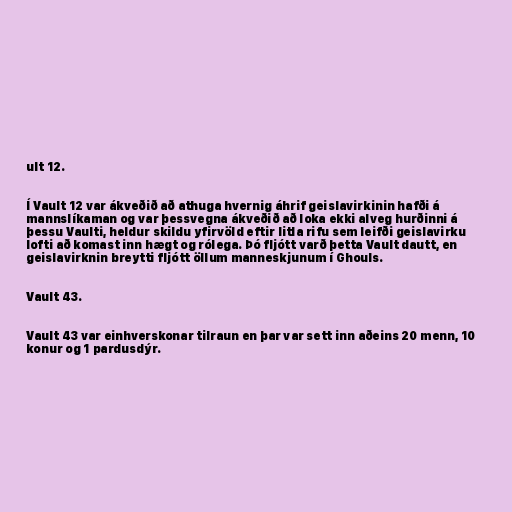
ult 12.

Í Vault 12 var ákveðið að athuga hvernig áhrif geislavirkinin hafði á
mannslíkaman og var þessvegna ákveðið að loka ekki alveg hurðinni á
þessu Vaulti, heldur skildu yfirvöld eftir litla rifu sem leifði geislavirku
lofti að komast inn hægt og rólega. Þó fljótt varð þetta Vault dautt, en
geislavirknin breytti fljótt öllum manneskjunum í Ghouls.

Vault 43.

Vault 43 var einhverskonar tilraun en þar var sett inn aðeins 20 menn, 10
konur og 1 pardusdýr.